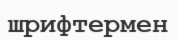
шрифтермен